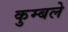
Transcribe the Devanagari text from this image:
कुम्बले